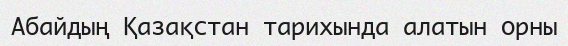
Абайдың Қазақстан тарихында алатын орны